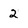
Character: 2